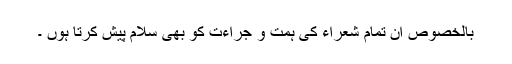
بالخصوص ان تمام شعراء کی ہمت و جراءت کو بھی سلام پیش کرتا ہوں ۔